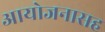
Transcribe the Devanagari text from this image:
आयोजनासह